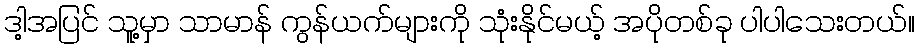
ဒါ့အပြင် သူ့မှာ သာမာန် ကွန်ယက်များကို သုံးနိုင်မယ့် အပိုတစ်ခု ပါပါသေးတယ်။